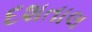
દશતાલ